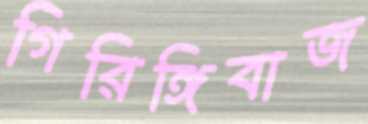
গিরিঙ্গিবাজ